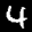
Label: 4